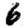
Digit: 6